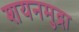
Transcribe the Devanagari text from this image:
शयनमुद्रा